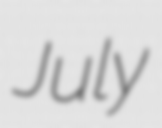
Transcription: July